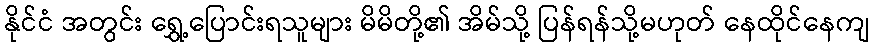
နိုင်ငံ အတွင်း ရွှေ့ပြောင်းရသူများ မိမိတို့၏ အိမ်သို့ ပြန်ရန်သို့မဟုတ် နေထိုင်နေကျ